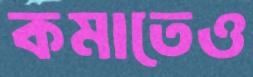
কমাতেও